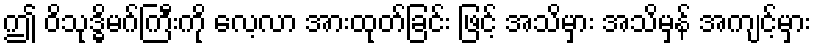
ဤ ဝိသုဒ္ဓိမဂ်ကြီးကို လေ့လာ အားထုတ်ခြင်း ဖြင့် အသိမှား အသိမှန် အကျင့်မှား